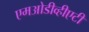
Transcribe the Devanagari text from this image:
एमओडीव्हीएटी